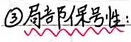
\textcircled{3}局部保号性：